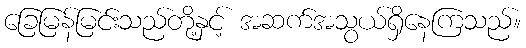
ခြေမြန်မြင်းသည်တို့နှင့် အဆက်အသွယ်ရှိနေကြသည်။